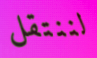
لننتقل